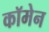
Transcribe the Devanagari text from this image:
कॉमेन